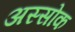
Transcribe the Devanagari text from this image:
अस्सोक